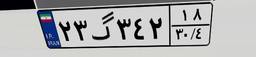
۲۷گ۷۹۷۴۷